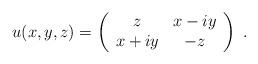
LaTeX: \begin{align*}u(x,y,z)=\left( \begin{array}{cc}z & x-iy\\x+iy & -z\end{array}\right) \; .\end{align*}